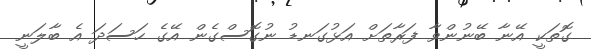
ގޮތަކީ އޭނާ ބޭނުންވާ ފަރާތަށް އަޅުގަނޑު ނުގޮސްގެން އޭގެ ހަސަދަ އެ ބާލަނީ